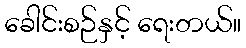
ခေါင်းစဉ်နှင့် ရေးတယ်။